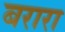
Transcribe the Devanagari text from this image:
बरारा